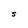
Character: S